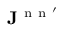
\mathbf { J } ^ { \mathrm { ~ n ~ n ~ } ^ { \prime } }